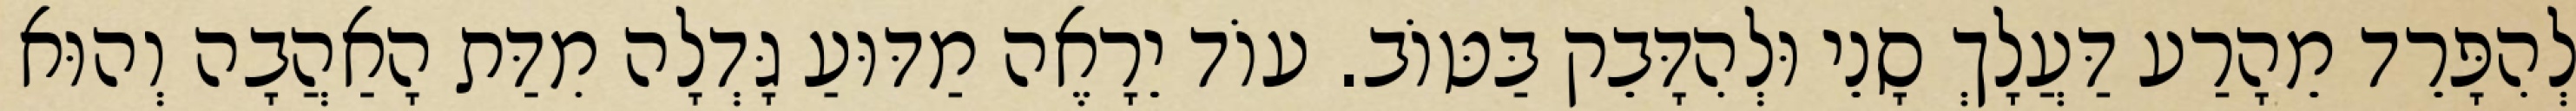
לְהִפָּרֵד מֵהָרַע דַּעֲלָךְ סָנֵי וּלְהִדָּבֵק בַּטּוֹב. עוֹד יֵרָאֶה מַדּוּעַ גָּדְלָה מִדַּת הָאַהֲבָה וְהוּא